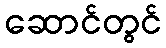
ဆောင်တွင်